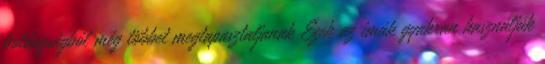
boldogságból még többet megtapasztaljanak Ezek az imák gyakran használják